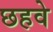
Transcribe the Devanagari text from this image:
छहवे